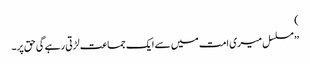
)
’’ مسلسل میری امت میں سے ایک جماعت لڑتی رہے گی حق پر۔